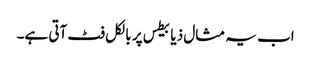
اب یہ مثال ذیابیطس پر بالکل فٹ آتی ہے۔